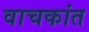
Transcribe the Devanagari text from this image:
वाचकांत